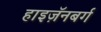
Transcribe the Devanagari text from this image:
हाइज़ॅनबर्ग